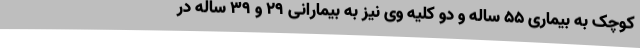
کوچک به بیماری ۵۵ ساله و دو کلیه وی نیز به بیمارانی ۲۹ و ۳۹ ساله در